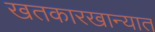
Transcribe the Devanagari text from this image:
खतकारखान्यात